Annual administration report of the Civil Veterinary Department of India - 1907-1908
Year: 1907
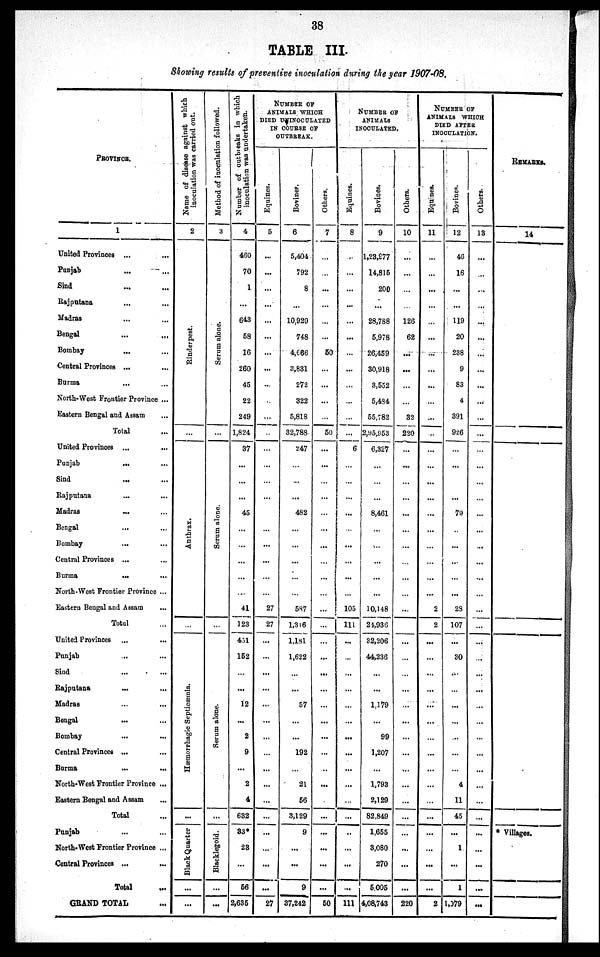
38
TABLE III.
Showing results of preventive inoculation during the year 1907-08.
PROVINCE.
1
United Provinces ... ...
Punjab
...
...
Sind ... ...
Rajputana ... ...
Madras ... ...
Bengal
...
...
Bombay ... ...
Central Provinces ... ...
Burma ... ...
North-West Frontier Province ...
Eastern Bengal and Assam ...
Total ...
United Provinces ... ...
Punjab
...
...
Sind ... ...
Rajputana ... ...
Madras ... ...
Bengal ... ...
Bombay ... ...
Central Provinces ... ...
Burma
... ...
North-West Frontier Province ...
Eastern Bengal and Assam ...
Total ...
United Provinces ... ...
Punjab ... ...
Sind ... ...
Rajputana ... ...
Madras ... ...
Bengal
... ...
Bombay ... ...
Central Provinces ... ...
Burma ... ...
North-West Frontier Province ...
Eastern Bengal and Assam ...
Total ...
Punjab ... ...
North-West Frontier Province ...
Central Provinces ... ...
Total
...
GRAND TOTAL ...
Name of disease against which
inoculation was carried out.
2
Ri nder pes t
.
...
Ant hr ax.
...
Hæmo r
r
h a g ic Septicæmia.
...
Black Quarter
...
...
Method of inoculation followed.
3
Se r
um alone.
...
Se r
um alone.
...
Se r
um alone.
...
Blacklegoid.
...
...
Number of outbreaks in which
inoculation was undertaken.
4
460
70
1
...
643
58
16
260
45
22
249
1,824
37
...
...
...
45
...
...
...
...
...
41
123
451
152
...
...
12
...
2
9
...
2
4
632
33*
23
...
56
2,635
NUMBER OF
ANIMALS WHICH
DIED UNINOCULATED
IN COURSE OF
OUTBREAK.
Equines.
5
...
...
...
...
...
...
...
...
...
...
...
...
...
...
...
...
...
...
...
...
...
27
27
...
...
...
...
...
...
...
...
...
...
...
...
...
...
...
...
27
Bovines.
6
5,404
792
8
...
10,929
748
4,666
3,831
272
322
5,818
32,788
247
...
...
...
482
...
...
...
...
...
587
1,346
1,181
1,622
...
...
57
...
...
192
...
21
56
3,129
9
...
...
9
37,242
Others.
7
...
...
...
...
...
...
50
...
...
...
...
50
...
...
...
...
...
...
...
...
...
...
...
...
...
...
...
...
...
...
...
...
...
...
...
...
...
...
...
...
50
NUMBER OF
ANIMALS
INOCULATED.
Equines.
8
...
...
...
...
...
...
...
...
...
...
...
...
6
...
...
...
...
...
...
...
...
...
105
111
...
...
...
...
...
...
...
...
...
...
...
...
...
...
...
...
111
Bovines.
9
1,23,977
14,815
200
...
28,788
5,978
26,459
30,918
3,552
5,484
55,782
2,95,953
6,327
...
...
...
8,461
...
...
...
...
...
10,148
24,936
32,206
44,236
...
...
1,179
...
99
1,207
...
1,793
2,129
82,849
1,655
3,080
270
5,005
4,08,743
Others.
10
...
...
...
...
126
62
...
...
...
...
32
220
...
...
...
...
...
...
...
...
...
...
...
...
...
...
...
...
...
...
...
...
...
...
...
...
...
...
...
...
220
NUMBER OF
ANIMALS WHICH
DIED AFTER
INOCULATION.
Equines.
11
...
...
...
...
...
...
...
...
...
...
...
...
...
...
...
...
...
...
...
...
...
...
2
2
...
...
...
...
...
...
...
...
...
...
...
...
...
...
...
...
2
Bovines.
12
46
16
...
...
119
20
238
9
83
4
391
926
...
...
...
...
79
..
...
...
...
...
28
107
...
30
...
...
...
...
...
...
...
4
11
45
...
1
...
1
1,079
Others.
13
...
...
...
...
...
...
...
...
...
...
...
...
...
...
...
...
...
...
...
...
...
...
...
...
...
...
...
...
...
...
...
...
...
...
...
...
...
...
...
...
...
REMARKS.
14
* Villages.